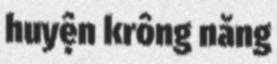
huyện krông năng